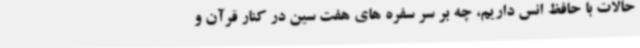
حالات با حافظ انس داریم، چه بر سر سفره های هفت سین در کنار قرآن و